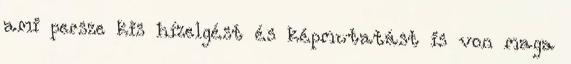
ami persze kis hízelgést és képmutatást is von maga